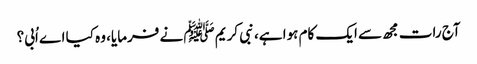
آج رات مجھ سے ایک کام ہوا ہے، نبی کریم ﷺ نے فرمایا، وہ کیا اے اُبی؟